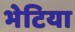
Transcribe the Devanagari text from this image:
भेटिया